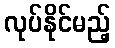
လုပ်နိုင်မည့်